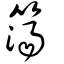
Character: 簜